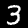
Digit: 3